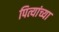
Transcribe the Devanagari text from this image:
पित्यांच्या